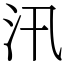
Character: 汛